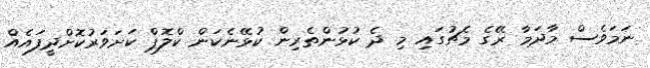
ނަމަވެސް މާދަމާ ރޭގެ މެޗުގައި މި ދެ ކުޅުންތެރިން ކުޅޭނެކަން ކްލޮޕް ކަށަވަރުކޮށްދީފައެއް